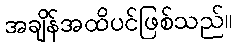
အချိန်အထိပင်ဖြစ်သည်။